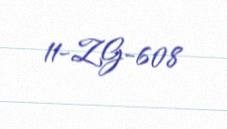
11-ZG-608